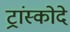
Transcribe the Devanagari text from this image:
ट्रांस्कोदे